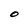
Character: O